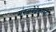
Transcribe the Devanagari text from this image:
मंगळवेढेकरांनी